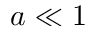
a \ll 1